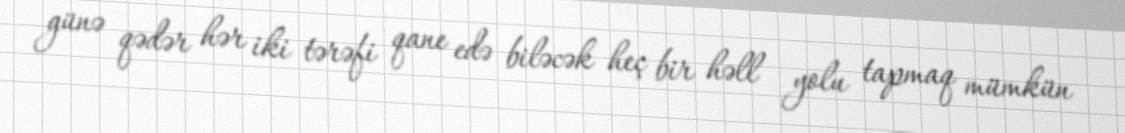
günə qədər hər iki tərəfi qane edə biləcək heç bir həll yolu tapmaq mümkün